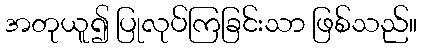
အတုယူ၍ ပြုလုပ်ကြခြင်းသာ ဖြစ်သည်။